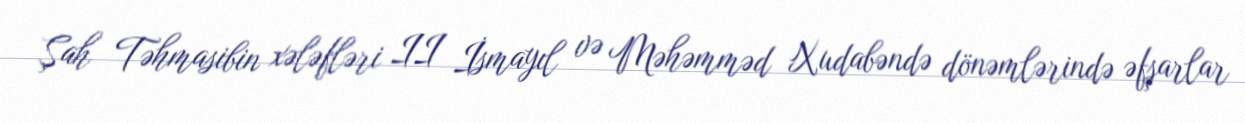
Şah Təhmasibin xələfləri II İsmayıl və Məhəmməd Xudabəndə dönəmlərində əfşarlar